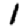
Digit: 1